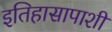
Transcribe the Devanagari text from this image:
इतिहासापाशी